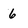
Character: 6